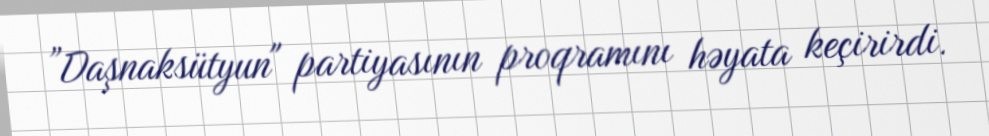
”Daşnaksütyun" partiyasının proqramını həyata keçirirdi.